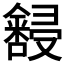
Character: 𫤆